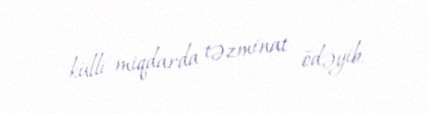
külli miqdarda təzminat ödəyib.